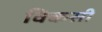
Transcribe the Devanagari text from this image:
क्किसी